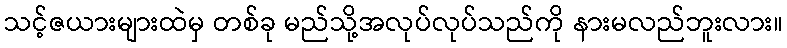
သင့်ဇယားများထဲမှ တစ်ခု မည်သို့အလုပ်လုပ်သည်ကို နားမလည်ဘူးလား။